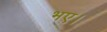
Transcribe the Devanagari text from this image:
भए।